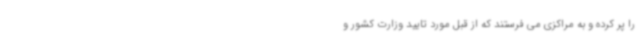
را پر کرده و به مراکزی می فرستند که از قبل مورد تایید وزارت کشور و